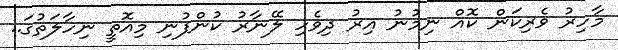
މާހިރު ވެރިކަން ކޮއް ނިމުނު އިރު ދިވެހި ލޭނާރު ކުންފުނި މިއޮތީ ނިހާލަތުގަ..